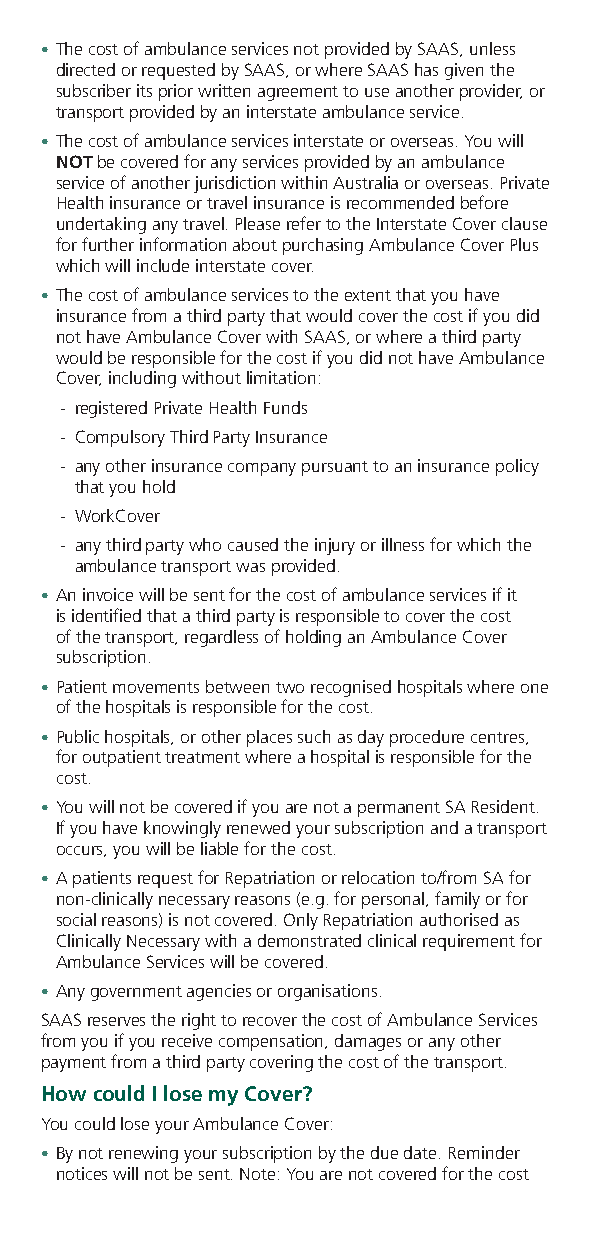
• The cost of ambulance services not provided by SAAS, unless
 directed or requested by SAAS, or where SAAS has given the
 subscriber its prior written agreement to use another provider, or
 transport provided by an interstate ambulance service.
 • The cost of ambulance services interstate or overseas. You will
 NOT be covered for any services provided by an ambulance
 service of another jurisdiction within Australia or overseas. Private
 Health insurance or travel insurance is recommended before
 undertaking any travel. Please refer to the Interstate Cover clause
 for further information about purchasing Ambulance Cover Plus
 which will include interstate cover.
 • The cost of ambulance services to the extent that you have
 insurance from a third party that would cover the cost if you did
 not have Ambulance Cover with SAAS, or where a third party
 would be responsible for the cost if you did not have Ambulance
 Cover, including without limitation:
 - registered Private Health Funds
 - Compulsory Third Party Insurance
 - any other insurance company pursuant to an insurance policy
 that you hold
 - WorkCover
 - any third party who caused the injury or illness for which the
 ambulance transport was provided.
 • An invoice will be sent for the cost of ambulance services if it
 is identified that a third party is responsible to cover the cost
 of the transport, regardless of holding an Ambulance Cover
 subscription.
 • Patient movements between two recognised hospitals where one
 of the hospitals is responsible for the cost.
 • Public hospitals, or other places such as day procedure centres,
 for outpatient treatment where a hospital is responsible for the
 cost.
 • You will not be covered if you are not a permanent SA Resident.
 If you have knowingly renewed your subscription and a transport
 occurs, you will be liable for the cost.
 • A patients request for Repatriation or relocation to/from SA for
 non-clinically necessary reasons (e.g. for personal, family or for
 social reasons) is not covered. Only Repatriation authorised as
 Clinically Necessary with a demonstrated clinical requirement for
 Ambulance Services will be covered.
 • Any government agencies or organisations.
 SAAS reserves the right to recover the cost of Ambulance Services
 from you if you receive compensation, damages or any other
 payment from a third party covering the cost of the transport.
 How could I lose my Cover?
 You could lose your Ambulance Cover:
 • By not renewing your subscription by the due date. Reminder
 notices will not be sent. Note: You are not covered for the cost